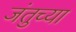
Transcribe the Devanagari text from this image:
जंतुच्या